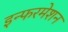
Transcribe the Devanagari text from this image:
इन्फरमेशन